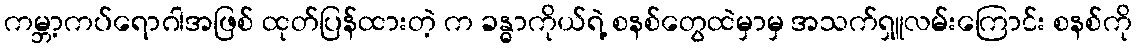
ကမ္ဘာ့ကပ်ရောဂါအဖြစ် ထုတ်ပြန်ထားတဲ့ က ခန္ဓာကိုယ်ရဲ့ စနစ်တွေထဲမှာမှ အသက်ရှူလမ်းကြောင်း စနစ်ကို